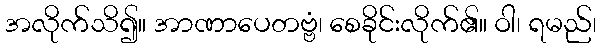
အလိုက်သိ၍။ အာဏာပေတဗ္ဗံ၊ စေခိုင်းလိုက်၏။ ဝါ၊ ရမည်၊